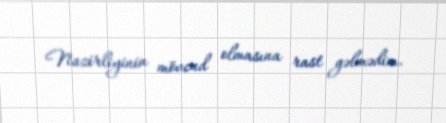
Nazirliyinin mövcud olmasına rast gəlmədim.